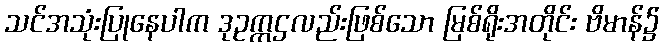
သင်အသုံးပြုနေပါက ဒုဥက္ကဌလည်းဖြစ်သော မြစ်ရိုးအတိုင်း ဗိမာန်၌